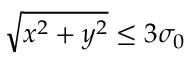
\sqrt { x ^ { 2 } + y ^ { 2 } } \le 3 \sigma _ { 0 }